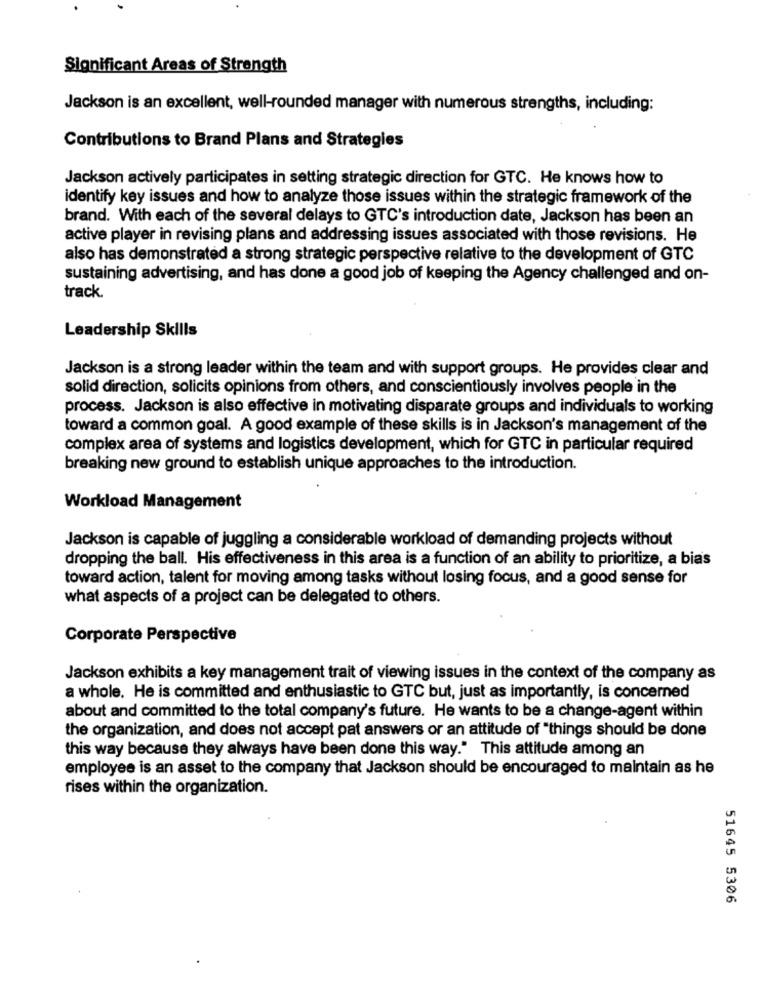
Significant Areas of Strength
Jackson is an excellent, well-rounded manager with numerous strengths, including:
Contributions to Brand Plans and Strategies
Jackson actively participates in setting strategic direction for GTC. He knows how to
identify key issues and how to analyze those issues within the strategic framework of the
brand. With each of the several delays to GTC's introduction date, Jackson has been an
active player in revising plans and addressing issues associated with those revisions. He
also has demonstrated a strong strategic perspective relative to the development of GTC
sustaining advertising, and has done a good job of keeping the Agency challenged and on-
track.
Leadership Skills
Jackson is a strong leader within the team and with support groups. He provides clear and
solid direction, solicits opinions from others, and conscientiously involves people in the
process. Jackson is also effective in motivating disparate groups and individuals to working
toward a common goal. A good example of these skills is in Jackson's management of the
complex area of systems and logistics development, which for GTC in particular required
breaking new ground to establish unique approaches to the introduction.
Workload Management
Jackson is capable of juggling a considerable workload of demanding projects without
dropping the ball. His effectiveness in this area is a function of an ability to prioritize, a bias
toward action, talent for moving among tasks without losing focus, and a good sense for
what aspects of a project can be delegated to others.
Corporate Perspective
Jackson exhibits a key management trait of viewing issues in the context of the company as
a whole. He is committed and enthusiastic to GTC but, just as importantly, is concerned
about and committed to the total company's future. He wants to be a change-agent within
the organization, and does not accept pat answers or an attitude of "things should be done
this way because they always have been done this way." This attitude among an
employee is an asset to the company that Jackson should be encouraged to maintain as he
rises within the organization.
51645 5306